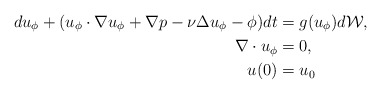
\begin{align*}du_\phi + (u_\phi \cdot \nabla u_\phi + \nabla p - \nu \Delta u_\phi - \phi) dt &= g(u_\phi)d\mathcal{W}, \\\nabla \cdot u_\phi &= 0, \\u(0) &= u_0\end{align*}